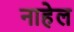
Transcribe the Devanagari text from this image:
नाहेल